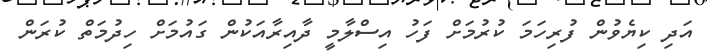
އަދި ކިޔެވުން ފުރިހަމަ ކުރުމަށް ފަހު އިސްލާމީ ދާއިރާއަކުން ގައުމަށް ހިދުމަތް ކުރަން